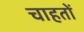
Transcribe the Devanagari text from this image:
चाहतों